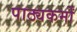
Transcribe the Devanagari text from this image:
पाठ्यकर्मों